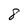
Character: 8